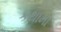
કથામા